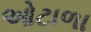
ઓટાળા